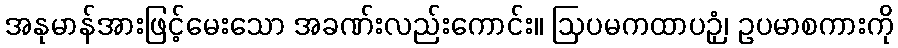
အနုမာန်အားဖြင့်မေးသော အခဏ်းလည်းကောင်း။ ဩပမကထာပဉှံ၊ ဥပမာစကားကို